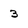
Character: 3